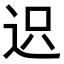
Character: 𨒅